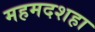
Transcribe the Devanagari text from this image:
महमदशहा